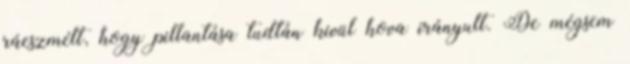
ráeszmélt, hogy pillantása tudtán kívül hova irányult. De mégsem